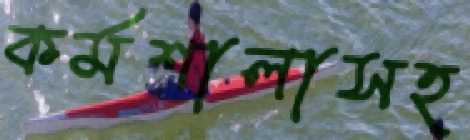
কর্মশালাসহ